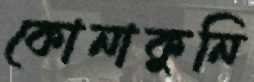
কোনাকুনি